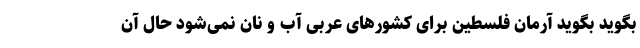
بگوید بگوید آرمان فلسطین برای کشورهای عربی آب و نان نمی‌شود حال آن